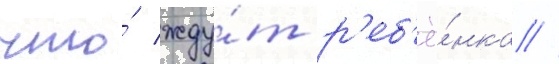
что́ жду́т р'еб'ё́нка //